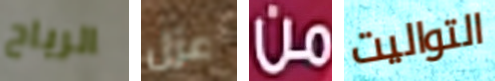
الرياح عزل من التواليت